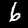
Digit: 6